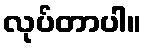
လုပ်တာပါ။